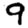
Digit: 9